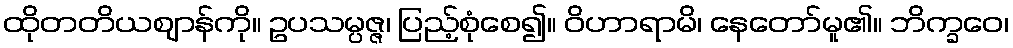
ထိုတတိယဈာန်ကို။ ဥပသမ္ပဇ္ဇ၊ ပြည့်စုံစေ၍။ ဝိဟာရာမိ၊ နေတော်မူ၏။ ဘိက္ခဝေ၊